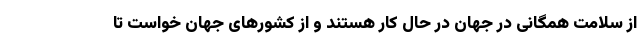
از سلامت همگانی در جهان در حال کار هستند و از کشورهای جهان خواست تا